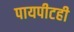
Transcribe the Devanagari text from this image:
पायपीटही